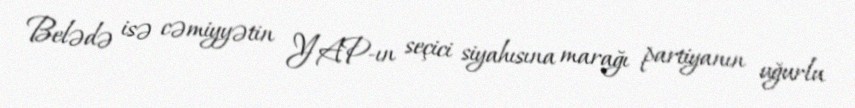
Belədə isə cəmiyyətin YAP-ın seçici siyahısına marağı partiyanın uğurlu